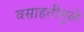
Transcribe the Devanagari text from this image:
वसाहतीमुळे